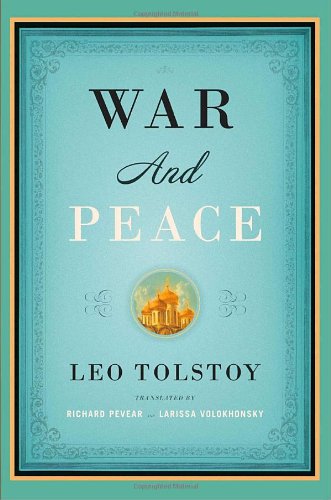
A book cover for War and Peace (Vintage Classics); Leo Tolstoy; Literature & Fiction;